Annual report on the working of the mental hospitals in the Madras Presidency - 1912-1932
Year: 1912
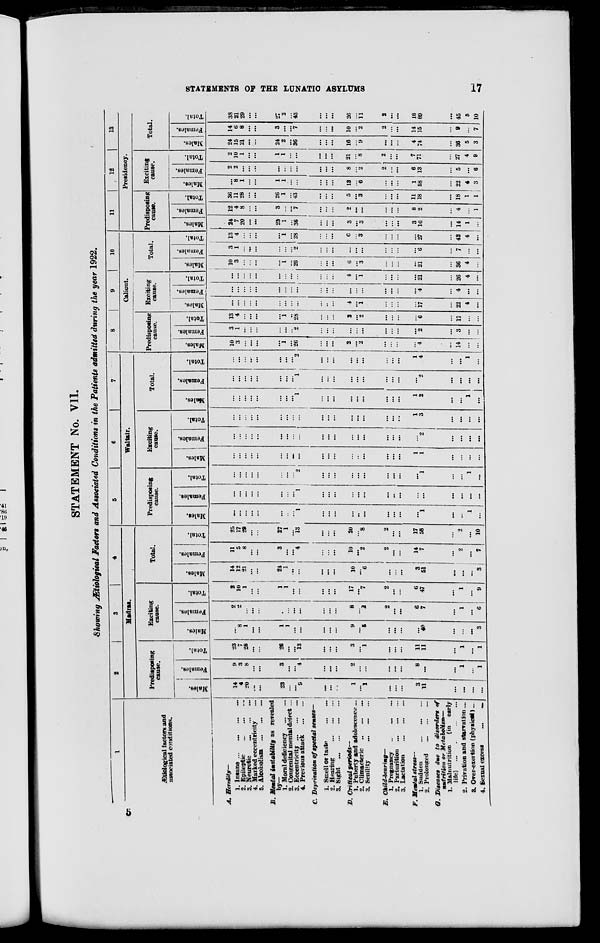
STATEMENTS OF THE LUNATIC ASYLUMS
17
STATEMENT No. VII.
Showing Ætiological Factors and Associated Conditions in the Patients admitted during the year 1922.
1
Ætiological factors and
associated conditions.
A. Heredity—
1. Insane
...
...
...
...
2. Epileptic
...
...
...
3. Neurotic ... ... ...
4. Marked eccentricity ...
5. Alcoholism
...
...
...
B. Mental instability as rerealed
by—
1. Moral deficiency
...
...
2. Congenital mental defect ...
3. Eccentricity
...
...
...
4. Previous attack
...
...
C. Deprivation of special senses—
1. Smell or taste
...
...
2. Hearing ... ... ...
3. Sight
...
...
...
...
D Critical periods—
1. Puberty and adolescence ...
2. Climacteric
...
...
...
3. Senility
...
...
...
E. child-bearing—
1. Pregnancy ... ... ...
2. Parturition
...
...
...
3. Lactation
...
...
...
F Memtal stress—
1. Sudden ... ... ...
2. Prolonged
...
...
...
G. Diseases due to disorders of
nutrition or Metabolism—
1. Malnutrition
(in early
life) ... ... ... ...
2. Privation and starvation ...
3. Over-exertion (physical) ...
4. Sexual excess
...
...
2
3
4
Madras.
Predisposing
cause.
Males.
14
4
20
...
...
23
...
...
9
...
...
...
1
... 1
...
...
...
3
11
...
...
...
...
Females.
9
3
8
...
...
3
...
...
4
...
...
...
2
...
...
...
...
...
8
...
...
1
...
1
Total.
23
7
28
...
...
26
...
...
13
...
...
...
3
... 1
...
...
...
11
11
...
1
...
1
Exciting
cause.
Males.
...
8
1
...
...
1
1
...
...
...
...
...
9
...
5
...
...
...
...
40
...
...
...
3
Females.
2
2
...
...
...
...
...
...
...
...
...
...
8
...
2
2
...
...
6
7
...
1
...
6
Total.
2
10
1
...
...
1
1
...
...
...
...
...
17
... 7
2
...
...
6
47
...
1
...
9
Total.
Males.
14
12
21
...
...
24
1
...
...
...
...
...
10
...
6
...
...
...
3
51
...
...
...
3
Females.
11
5
8
...
...
3
...
...
4
...
...
...
10
...
2
2
...
...
14
7
...
2
...
7
Total.
25
17
29
...
...
27
1
...
13
...
...
...
20
... 8
2
...
...
17
58
...
2
...
10
5
6
7
Waltair.
Predisposing
cause.
Males.
...
...
...
...
...
...
...
...
1
...
...
...
...
..
...
...
...
...
...
1
...
...
1
...
Females.
...
...
...
...
...
...
...
...
1
...
...
...
...
...
...
...
...
...
...
...
...
...
...
...
Total.
...
...
...
...
...
...
...
2
...
...
...
...
...
...
...
...
...
...
1
...
...
1
...
Exciting
cause.
Males.
...
...
...
...
...
...
...
...
...
...
...
...
...
...
...
...
...
...
1
1
...
...
...
...
Females.
...
...
...
...
...
...
...
...
...
...
...
...
...
...
...
...
...
...
...
2
...
...
...
...
Total.
...
...
...
...
...
...
...
...
...
...
...
...
...
...
...
...
...
...
1
3
...
...
...
...
Total.
Males.
...
...
...
...
...
...
...
...
1
...
...
...
...
...
...
...
...
...
1
2
...
...
1
...
Females.
...
...
...
...
...
...
...
...
1
...
...
...
...
...
...
...
...
...
...
2
...
...
...
...
Total.
...
...
...
...
...
...
...
...
2
...
...
...
...
...
...
...
...
...
1
4
...
...
1
...
8
9
10
Calicut.
Predisposing
cause.
Males.
10
3
...
...
...
...
1
...
26
...
...
...
2
...
2
...
...
...
...
4
...
14
...
...
Females.
3
1
...
...
...
...
...
...
2
...
...
...
...
...
...
...
...
...
...
2
...
3
...
...
Total.
13
4
...
...
...
...
1
...
28
...
...
2
...
2
...
...
...
...
6
...
17
...
...
Exciting
cause.
Males.
...
...
...
...
...
...
...
...
...
...
...
...
4
...
1
...
...
...
...
17
...
22
4
...
Females.
...
...
...
...
...
...
...
...
...
...
...
...
...
...
...
...
...
...
...
4
...
4
...
...
Total.
...
...
...
...
...
...
...
...
...
...
...
...
4
...
1
...
...
...
...
21
...
26
4
...
Total.
Males.
10
3
...
...
...
...
1
...
26
...
...
...
6
...
3
...
...
...
...
21
...
36
4
...
Females.
3
1
...
...
...
...
...
...
2
...
...
...
...
...
...
...
...
...
...
6
...
7
...
...
Total.
13
4
...
...
...
1
...
28
...
...
...
6
...
3
...
...
...
...
27
...
43
4
...
11
12
13
Presidency.
Predisposing
cause.
Males.
24
7
20
...
...
23
1
...
36
...
...
...
3
...
3
...
...
...
3
16
...
14
1
...
Females.
12
4
8
...
...
3
...
...
7
...
...
...
2
...
...
...
...
...
8
2
...
4
...
1
Total.
36
11
28
...
...
26
1
...
43
...
...
...
5
...
3
...
...
...
11
18
...
18
1
1
Exciting
cause.
Males.
...
8
1
...
...
1
1
...
...
...
...
...
13
...
6
...
...
...
1
58
...
22
4
3
Females.
2
2
...
...
...
...
...
...
...
...
...
...
8
...
2
2
...
...
6
13
...
5
...
6
Total.
2
10
1
...
...
1
1
...
...
...
...
...
21
...
8
2
...
...
7
71
...
27
4
9
Total.
Males.
24
15
21
...
...
24
2
...
36
...
...
...
16
...
9
...
...
...
4
74
...
36
5
3
Females.
14
6
8
...
...
3
...
...
7
...
...
....
10
...
2
2
...
...
14
15
...
9
...
7
Total.
38
21
29
...
...
27
2
...
43
...
...
...
26
...
11
2
...
...
18
89
...
45
5
10
5